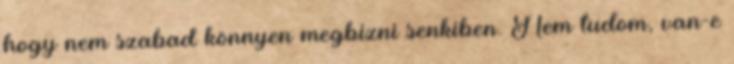
hogy nem szabad könnyen megbízni senkiben. Nem tudom, van-e